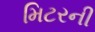
મિટરની